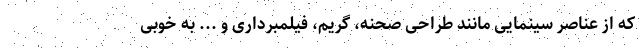
که از عناصر سینمایی مانند طراحی صحنه، گریم، فیلمبرداری و ... به خوبی